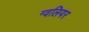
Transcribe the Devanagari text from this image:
ग्वलियर